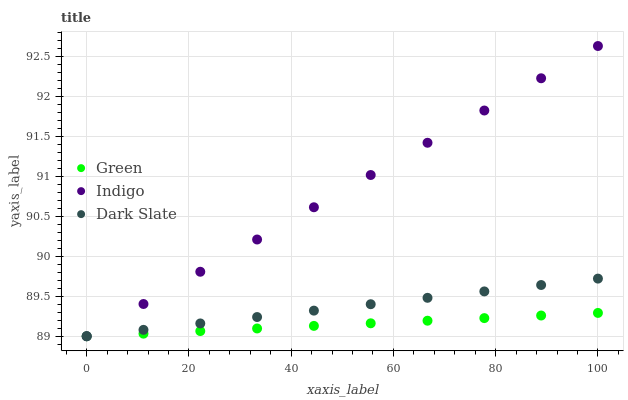
| xaxis_label | Green | Indigo | Dark Slate |
 | --- | --- | --- | --- |
 | 0 | 89 | 89 | 89 |
 | 11.1 | 89 | 89.4 | 89.1 |
 | 22.2 | 89.1 | 89.8 | 89.2 |
 | 33.3 | 89.1 | 90.2 | 89.2 |
 | 44.4 | 89.1 | 90.6 | 89.3 |
 | 55.6 | 89.2 | 91 | 89.4 |
 | 66.7 | 89.2 | 91.4 | 89.5 |
 | 77.8 | 89.2 | 91.8 | 89.6 |
 | 88.9 | 89.3 | 92.2 | 89.6 |
 | 100 | 89.3 | 92.6 | 89.7 |